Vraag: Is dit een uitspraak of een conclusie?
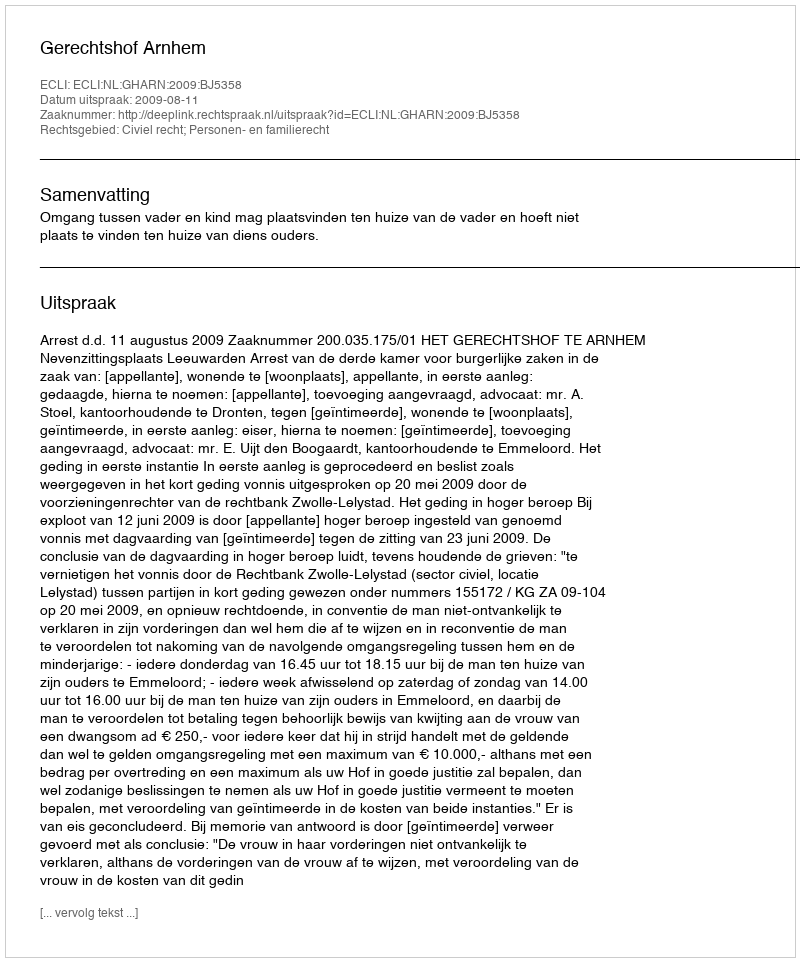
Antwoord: Uitspraak